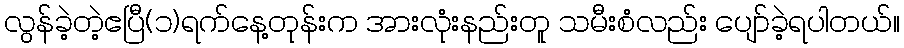
လွန်ခဲ့တဲ့ဧပြီ(၁)ရက်နေ့တုန်းက အားလုံးနည်းတူ သမီးစံလည်း ပျော်ခဲ့ရပါတယ်။